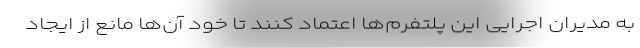
به مدیران اجرایی این پلتفرم‌ها اعتماد کنند تا خود آن‌ها مانع از ایجاد